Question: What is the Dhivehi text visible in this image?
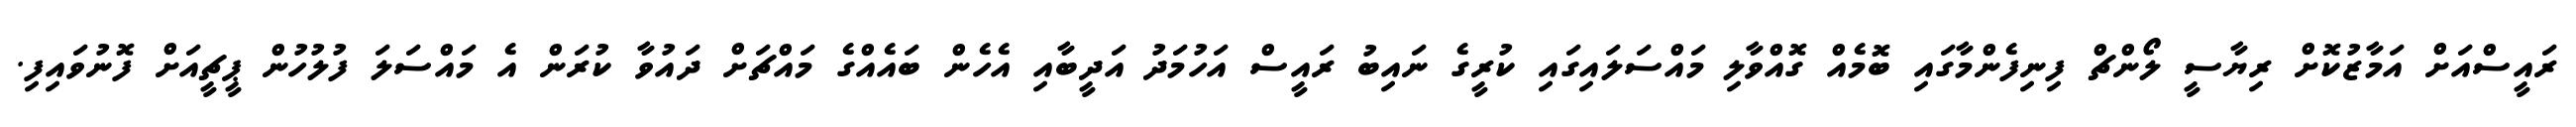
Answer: ރައީސްއަށް އަމާޒުކޮށް ރިޔާސީ ލޯންޗް ފިނިފެންމާގައި ބޮމެއް ގޮއްވާލި މައްސަލައިގައި ކުރީގެ ނައިބު ރައީސް އަހުމަދު އަދީބާއި އެހެން ބައެއްގެ މައްޗަށް ދައުވާ ކުރަން އެ މައްސަލަ ފުލުހުން ޕީޗީއަށް ފޮނުވައިފި.